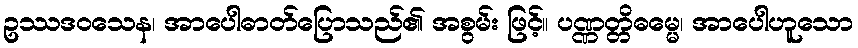
ဥဿဒဝသေန၊ အာပေါဓာတ်ပြောသည်၏ အစွမ်း ဖြင့်။ ပဏ္ဏတ္တိဓမ္မေ၊ အာပေါဟူသော